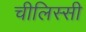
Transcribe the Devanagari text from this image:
चीलिस्सी